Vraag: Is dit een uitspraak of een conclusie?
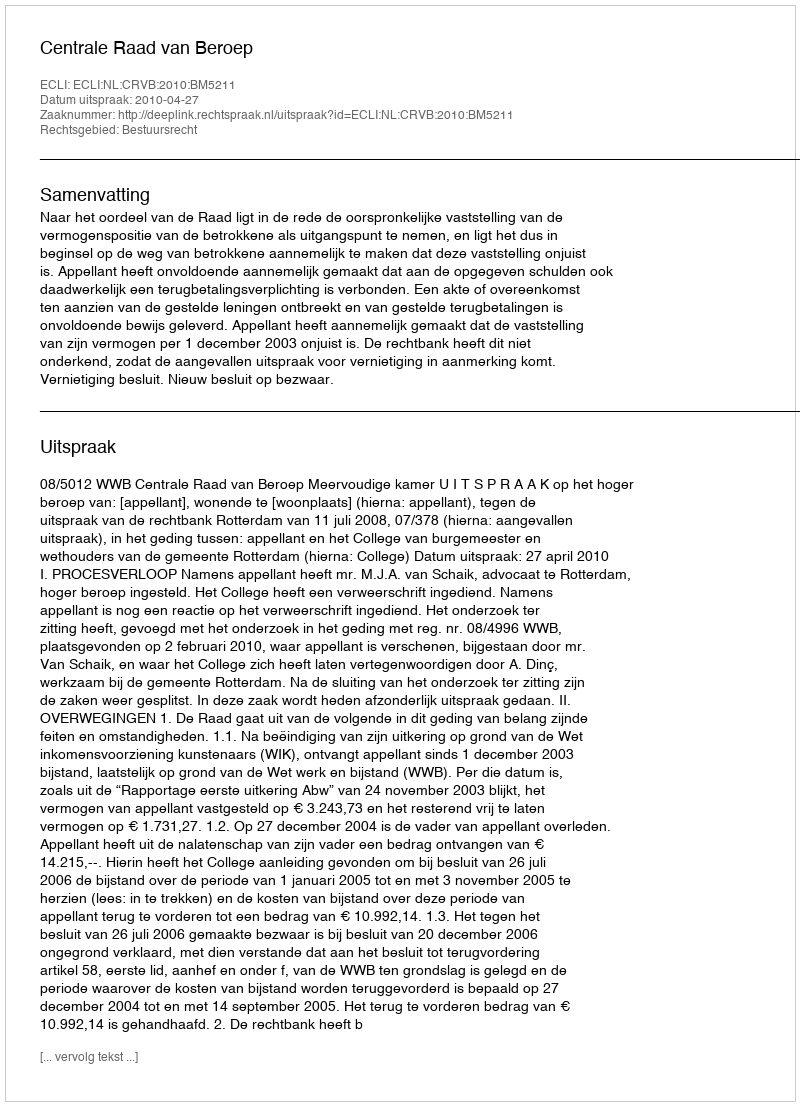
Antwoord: Uitspraak